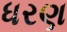
ધરણ